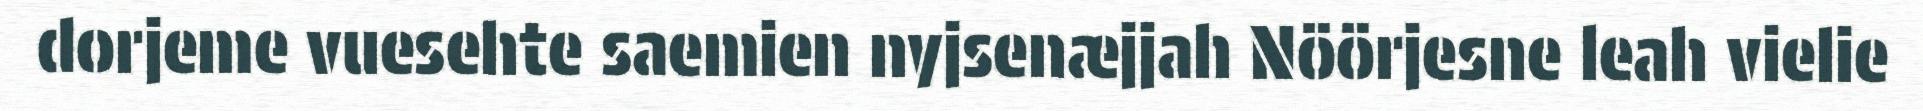
dorjeme vuesehte saemien nyjsenæjjah Nöörjesne leah vielie